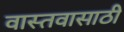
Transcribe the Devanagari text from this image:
वास्तवासाठी